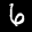
Label: 6